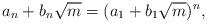
LaTeX: \begin{align*} a_n + b_n \sqrt{m}=(a_1+ b_1\sqrt{m})^n,\end{align*}